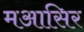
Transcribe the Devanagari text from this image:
मआसिर